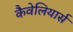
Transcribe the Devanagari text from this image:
कैवेलियार्स